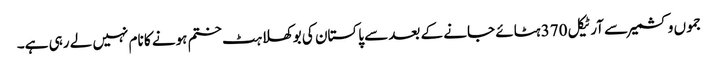
جموں وکشمیر سے آرٹیکل 370 ہٹائے جانے کے بعد سے پاکستان کی بوکھلاہٹ ختم ہونے کا نام نہیں لے رہی ہے۔